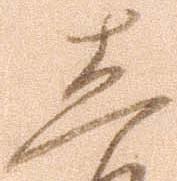
し